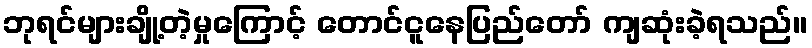
ဘုရင်များချို့တဲ့မှုကြောင့် တောင်ငူနေပြည်တော် ကျဆုံးခဲ့ရသည်။